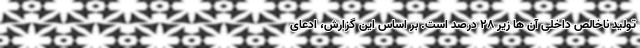
تولید ناخالص داخلی آن ها زیر ۲۸ درصد است. بر اساس این گزارش، ادعای